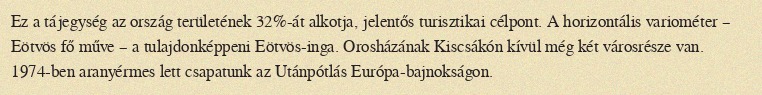
Ez a tájegység az ország területének 32%-át alkotja, jelentős turisztikai célpont. A horizontális variométer – Eötvös fő műve – a tulajdonképpeni Eötvös-inga. Orosházának Kiscsákón kívül még két városrésze van. 1974-ben aranyérmes lett csapatunk az Utánpótlás Európa-bajnokságon.